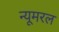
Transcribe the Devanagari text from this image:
न्यूमरल